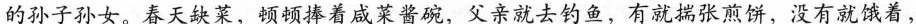
的孙子孙女。春天缺莱，顿顿捧着咸菜酱碗，父亲就去钓鱼，有就揣张煎饼，没有就饿着，